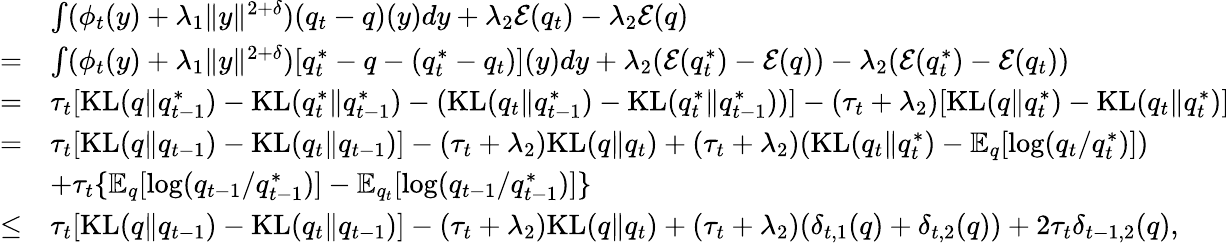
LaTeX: \begin{array}{rl}&{\int(\phi_{t}(y)+\lambda_{1}\| y\| ^{2+\delta})(q_{t}-q)(y)dy+\lambda_{2}{\cal E}(q_{t})-\lambda_{2}{\cal E}(q)}\\ {=}&{\int(\phi_{t}(y)+\lambda_{1}\| y\| ^{2+\delta})[q_{t}^{*}-q-(q_{t}^{*}-q_{t})](y)dy+\lambda_{2}({\cal E}(q_{t}^{*})-{\cal E}(q))-\lambda_{2}({\cal E}(q_{t}^{*})-{\cal E}(q_{t}))}\\ {=}&{\tau_{t}[\mathrm{KL}(q\| q_{t-1}^{*})-\mathrm{KL}(q_{t}^{*}\| q_{t-1}^{*})-(\mathrm{KL}(q_{t}\| q_{t-1}^{*})-\mathrm{KL}(q_{t}^{*}\| q_{t-1}^{*}))]-(\tau_{t}+\lambda_{2})[\mathrm{KL}(q\| q_{t}^{*})-\mathrm{KL}(q_{t}\| q_{t}^{*})]}\\ {=}&{\tau_{t}[\mathrm{KL}(q\| q_{t-1})-\mathrm{KL}(q_{t}\| q_{t-1})]-(\tau_{t}+\lambda_{2})\mathrm{KL}(q\| q_{t})+(\tau_{t}+\lambda_{2})(\mathrm{KL}(q_{t}\| q_{t}^{*})-\mathbb{E}_{q}[\log(q_{t}/q_{t}^{*})])}\\ &{+\tau_{t}\{ \mathbb{E}_{q}[\log(q_{t-1}/q_{t-1}^{*})]-\mathbb{E}_{q_{t}}[\log(q_{t-1}/q_{t-1}^{*})]\} }\\ {\leq}&{\tau_{t}[\mathrm{KL}(q\| q_{t-1})-\mathrm{KL}(q_{t}\| q_{t-1})]-(\tau_{t}+\lambda_{2})\mathrm{KL}(q\| q_{t})+(\tau_{t}+\lambda_{2})(\delta_{t,1}(q)+\delta_{t,2}(q))+2\tau_{t}\delta_{t-1,2}(q),}\end{array}